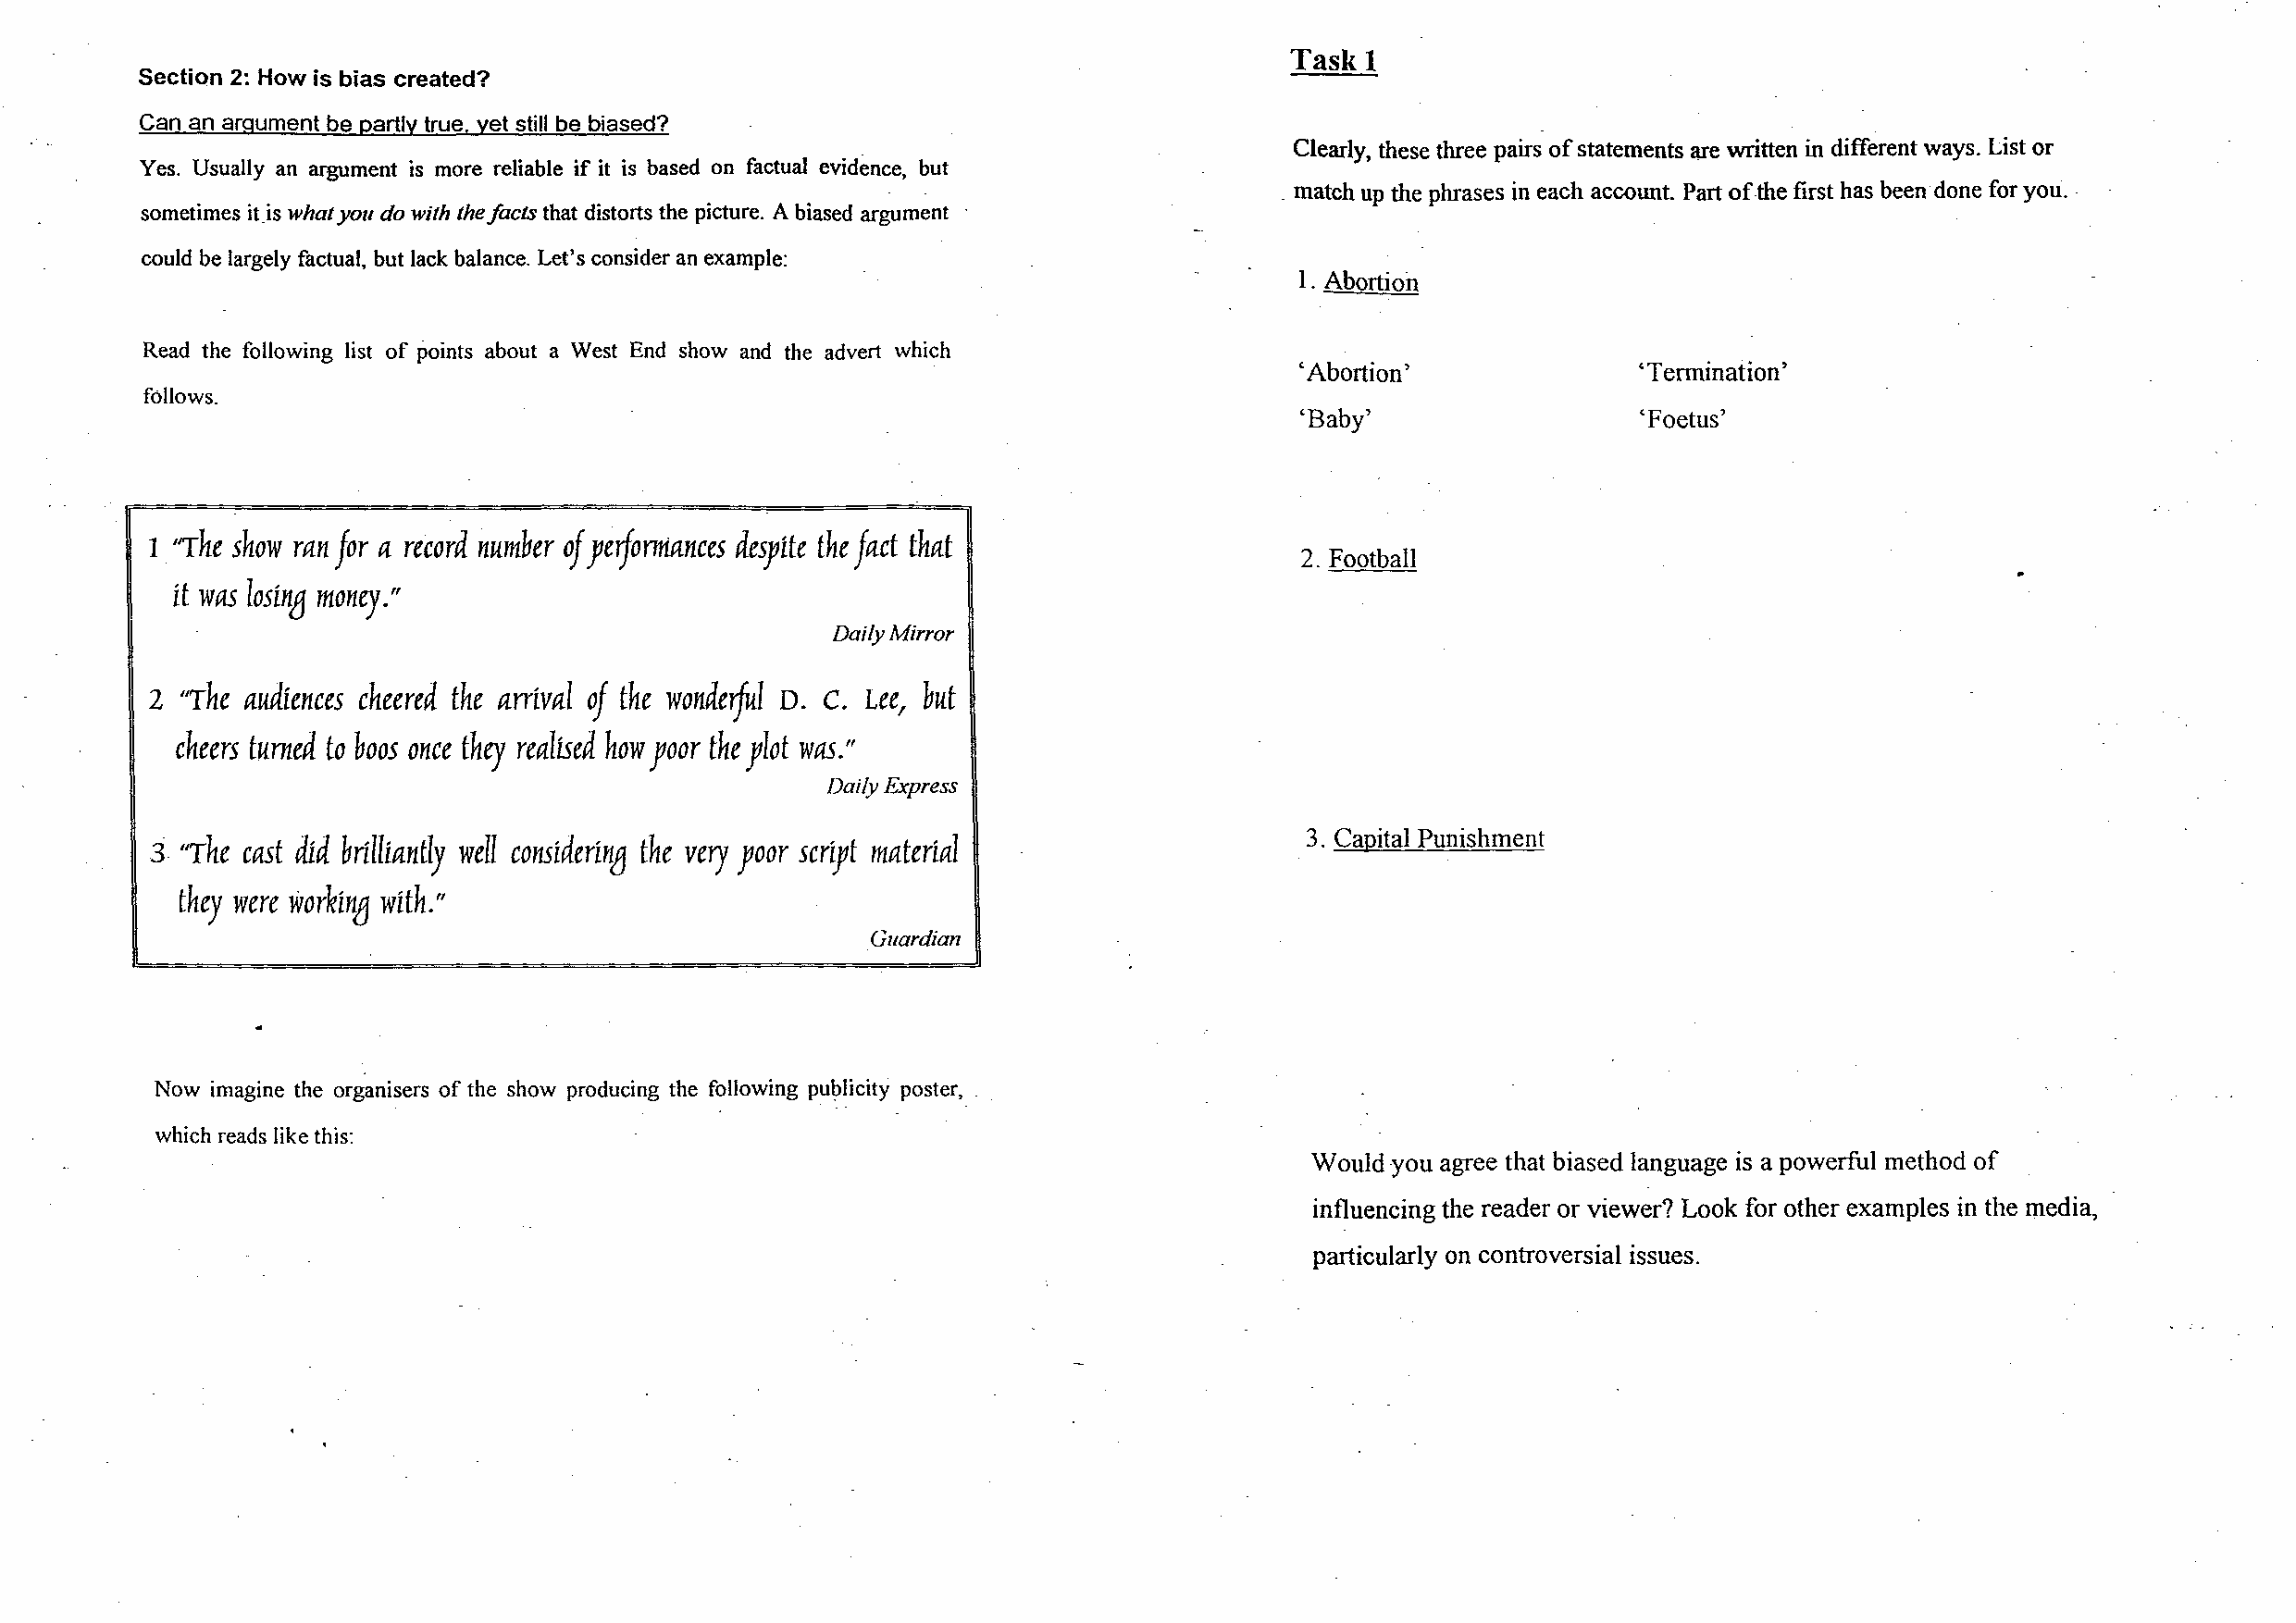
Taskl
 Section 2: How is bias created?
 Can an argument be partly true, yet still be biased?
 Clearly, these three pairs of statements are written in different ways. List or
 Yes. Usually an argument is more reliable if it is based on factual evidence, but
 . match up the phrases in each account. Part of the first has been done for you ..
 sometimes it.is what you do with the facts that distorts the picture. A biased ar~um~nt
 could be largely factual. but lack balance. Let's consider an example:
 l. Abortion
 Read the following list of points about a West End show and the advert which
 'Abortion'              'Termination'
 follows.
 'Baby'                  'Foetus'
 "The show ran for a record number of yeiforma.nces desylte the fact that
 1 .
 2. Football
 it was losing money."
 Daily Mirror
 "The audiences cheered the arrival of the wondeiful c. Lee, but
 2                                            D.
 cheers turned to boos once they realised how yoor the ylot was."
 Daily Express
 3. Capital Punishment
 3- "The cast did brilliantly well consideri11fj the very yoor scr,yt material
 they were worki11fj with."
 Guardian
 Now imagine the organisers of the show producing the f~llowing publicity poster, .
 which reads like this:
 Would you agree that biased language is a powerful method of
 influencing the reader or viewer? Look for other examples in the media,
 particularly on controversial issues.